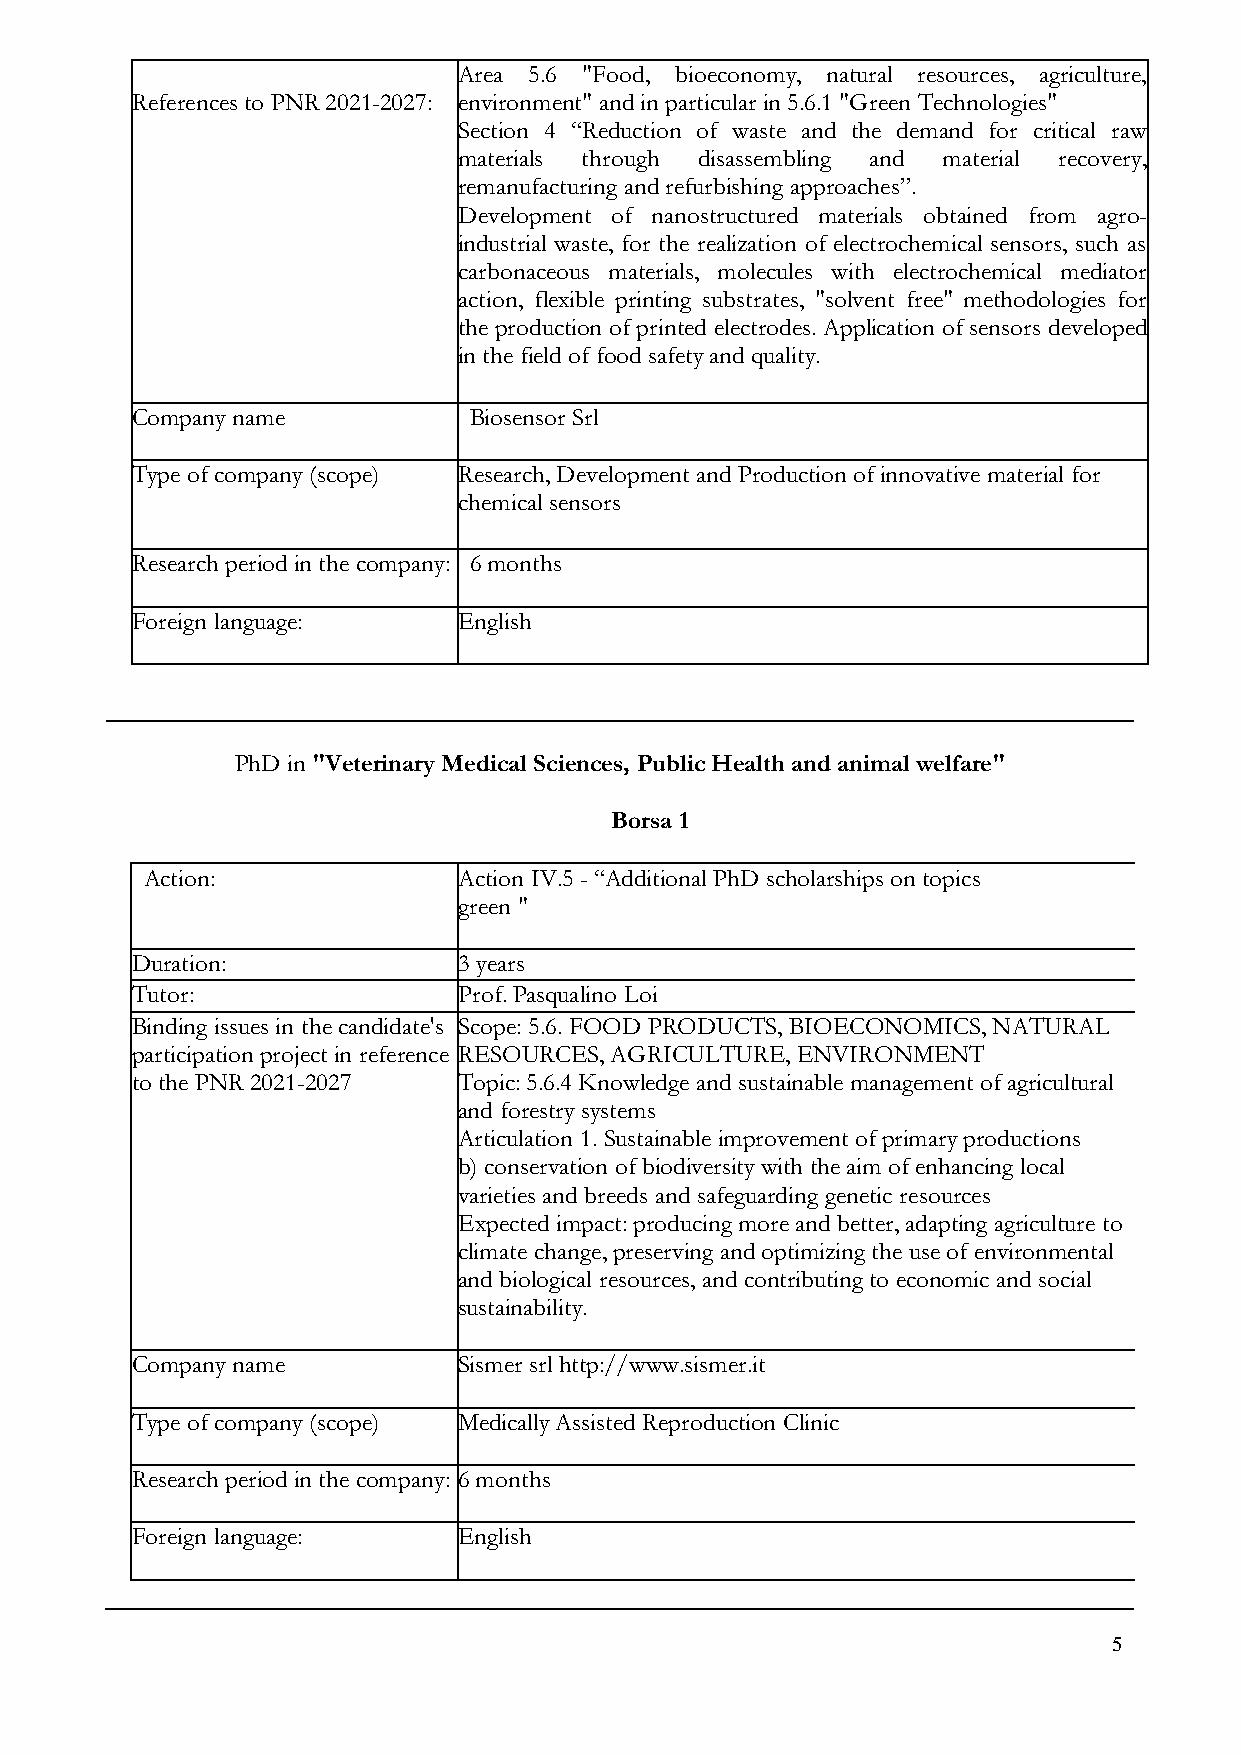
Area 5.6 "Food, bioeconomy, natural resources, agriculture,
 References to PNR 2021-2027: environment" and in particular in 5.6.1 "Green Technologies"
 Section 4 “Reduction of waste and the demand for critical raw
 materials through disassembling and material recovery,
 remanufacturing and refurbishing approaches”.
 Development of nanostructured materials obtained from agro-
 industrial waste, for the realization of electrochemical sensors, such as
 carbonaceous materials, molecules with electrochemical mediator
 action, flexible printing substrates, "solvent free" methodologies for
 the production of printed electrodes. Application of sensors developed
 in the field of food safety and quality.
 Company name          Biosensor Srl
 Type of company (scope) Research, Development and Production of innovative material for
 chemical sensors
 Research period in the company: 6 months
 Foreign language:    English
 PhD in "Veterinary Medical Sciences, Public Health and animal welfare"
 Borsa 1
 Action:             Action IV.5 - “Additional PhD scholarships on topics
 green "
 Duration:            3 years
 Tutor:               Prof. Pasqualino Loi
 Binding issues in the candidate's Scope: 5.6. FOOD PRODUCTS, BIOECONOMICS, NATURAL
 participation project in reference RESOURCES, AGRICULTURE, ENVIRONMENT
 to the PNR 2021-2027 Topic: 5.6.4 Knowledge and sustainable management of agricultural
 and forestry systems
 Articulation 1. Sustainable improvement of primary productions
 b) conservation of biodiversity with the aim of enhancing local
 varieties and breeds and safeguarding genetic resources
 Expected impact: producing more and better, adapting agriculture to
 climate change, preserving and optimizing the use of environmental
 and biological resources, and contributing to economic and social
 sustainability.
 Company name         Sismer srl http://www.sismer.it
 Type of company (scope) Medically Assisted Reproduction Clinic
 Research period in the company: 6 months
 Foreign language:    English
 5